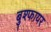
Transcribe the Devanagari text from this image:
बुश्फायर